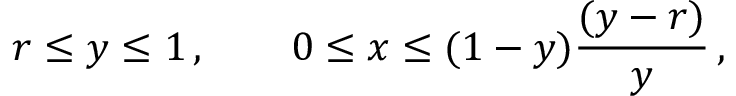
r \le y \le 1 \, , \qquad 0 \le x \le ( 1 - y ) \frac { ( y - r ) } { y } \, ,